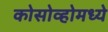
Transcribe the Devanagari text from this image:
कोसोव्होमध्ये